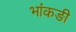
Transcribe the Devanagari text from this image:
भांकङी